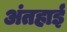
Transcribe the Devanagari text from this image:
अंतहाई